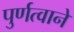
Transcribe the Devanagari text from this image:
पुर्णत्वाने